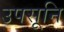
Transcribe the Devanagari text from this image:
उपसूनि